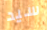
سيد